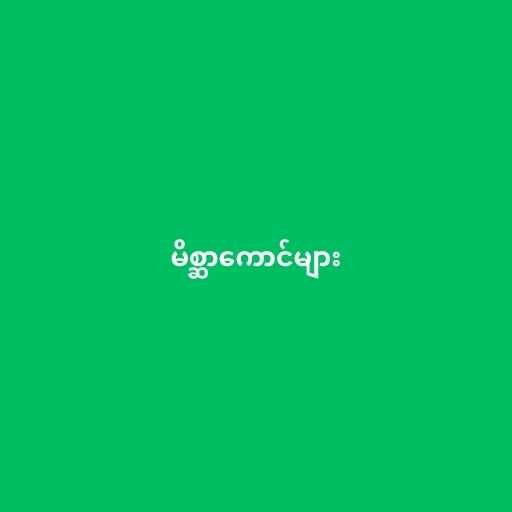
မိစ္ဆာကောင်များ